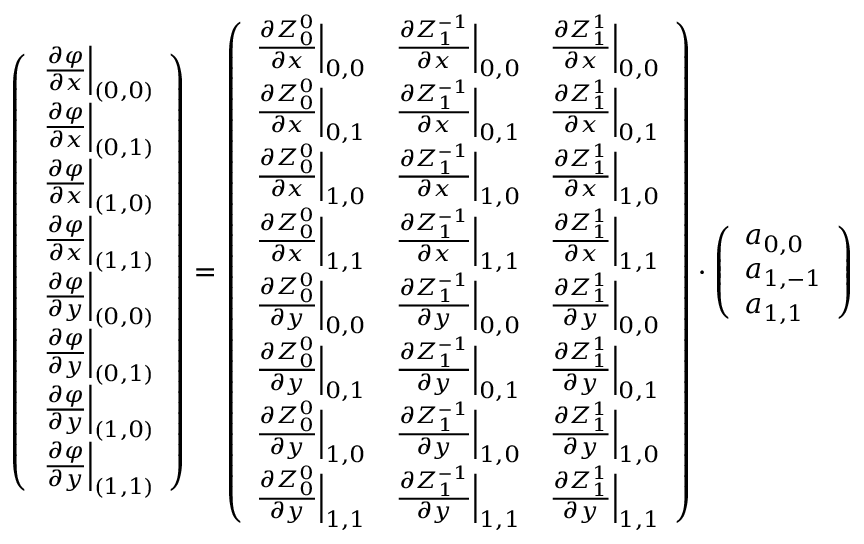
\left( \begin{array} { l } { \left. \frac { \partial \varphi } { \partial x } \right| _ { ( 0 , 0 ) } } \\ { \left. \frac { \partial \varphi } { \partial x } \right| _ { ( 0 , 1 ) } } \\ { \left. \frac { \partial \varphi } { \partial x } \right| _ { ( 1 , 0 ) } } \\ { \left. \frac { \partial \varphi } { \partial x } \right| _ { ( 1 , 1 ) } } \\ { \left. \frac { \partial \varphi } { \partial y } \right| _ { ( 0 , 0 ) } } \\ { \left. \frac { \partial \varphi } { \partial y } \right| _ { ( 0 , 1 ) } } \\ { \left. \frac { \partial \varphi } { \partial y } \right| _ { ( 1 , 0 ) } } \\ { \left. \frac { \partial \varphi } { \partial y } \right| _ { ( 1 , 1 ) } } \end{array} \right) = \left( \begin{array} { l l l } { \frac { \partial Z _ { 0 } ^ { 0 } } { \partial x } \Big | _ { 0 , 0 } } & { \frac { \partial Z _ { 1 } ^ { - 1 } } { \partial x } \Big | _ { 0 , 0 } } & { \frac { \partial Z _ { 1 } ^ { 1 } } { \partial x } \Big | _ { 0 , 0 } } \\ { \frac { \partial Z _ { 0 } ^ { 0 } } { \partial x } \Big | _ { 0 , 1 } } & { \frac { \partial Z _ { 1 } ^ { - 1 } } { \partial x } \Big | _ { 0 , 1 } } & { \frac { \partial Z _ { 1 } ^ { 1 } } { \partial x } \Big | _ { 0 , 1 } } \\ { \frac { \partial Z _ { 0 } ^ { 0 } } { \partial x } \Big | _ { 1 , 0 } } & { \frac { \partial Z _ { 1 } ^ { - 1 } } { \partial x } \Big | _ { 1 , 0 } } & { \frac { \partial Z _ { 1 } ^ { 1 } } { \partial x } \Big | _ { 1 , 0 } } \\ { \frac { \partial Z _ { 0 } ^ { 0 } } { \partial x } \Big | _ { 1 , 1 } } & { \frac { \partial Z _ { 1 } ^ { - 1 } } { \partial x } \Big | _ { 1 , 1 } } & { \frac { \partial Z _ { 1 } ^ { 1 } } { \partial x } \Big | _ { 1 , 1 } } \\ { \frac { \partial Z _ { 0 } ^ { 0 } } { \partial y } \Big | _ { 0 , 0 } } & { \frac { \partial Z _ { 1 } ^ { - 1 } } { \partial y } \Big | _ { 0 , 0 } } & { \frac { \partial Z _ { 1 } ^ { 1 } } { \partial y } \Big | _ { 0 , 0 } } \\ { \frac { \partial Z _ { 0 } ^ { 0 } } { \partial y } \Big | _ { 0 , 1 } } & { \frac { \partial Z _ { 1 } ^ { - 1 } } { \partial y } \Big | _ { 0 , 1 } } & { \frac { \partial Z _ { 1 } ^ { 1 } } { \partial y } \Big | _ { 0 , 1 } } \\ { \frac { \partial Z _ { 0 } ^ { 0 } } { \partial y } \Big | _ { 1 , 0 } } & { \frac { \partial Z _ { 1 } ^ { - 1 } } { \partial y } \Big | _ { 1 , 0 } } & { \frac { \partial Z _ { 1 } ^ { 1 } } { \partial y } \Big | _ { 1 , 0 } } \\ { \frac { \partial Z _ { 0 } ^ { 0 } } { \partial y } \Big | _ { 1 , 1 } } & { \frac { \partial Z _ { 1 } ^ { - 1 } } { \partial y } \Big | _ { 1 , 1 } } & { \frac { \partial Z _ { 1 } ^ { 1 } } { \partial y } \Big | _ { 1 , 1 } } \end{array} \right) \cdot \left( \begin{array} { l } { a _ { 0 , 0 } } \\ { a _ { 1 , - 1 } } \\ { a _ { 1 , 1 } } \end{array} \right)